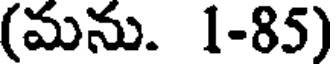
(మను. 1-85)